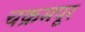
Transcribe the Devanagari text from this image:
चक्रमपूर